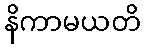
နိကာမယတိ